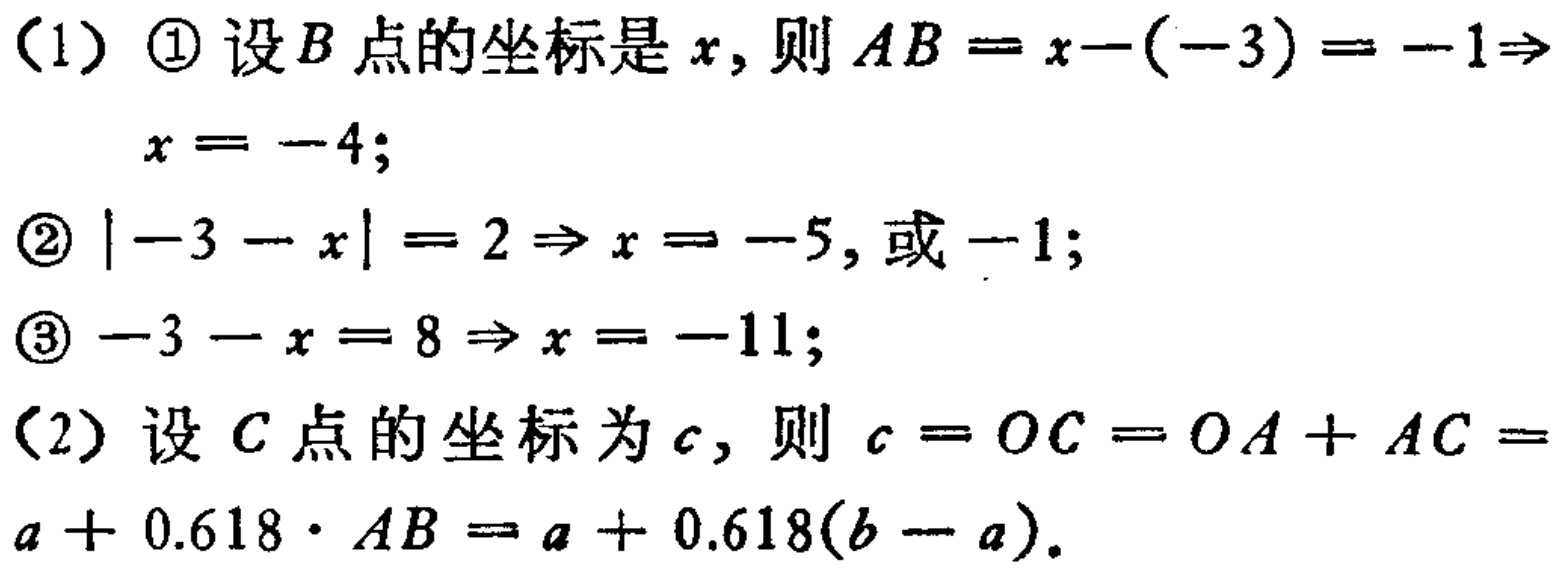
（1）\textcircled{1}设\(B\)点的坐标是\(x\)，则\(AB = x - (-3)= -1\Rightarrow x = -4\)；
\textcircled{2}\(\vert -3 - x\vert = 2\Rightarrow x = -5\)，或\(-1\)；
\textcircled{3}\(-3 - x = 8\Rightarrow x = -11\)；
（2）设\(C\)点的坐标为\(c\)，则\(c = OC = OA + AC = a + 0.618\cdot AB = a + 0.618(b - a)\)。